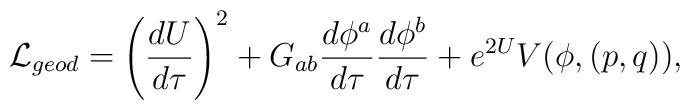
{\cal L}_{geod}=\left({{dU}\over{d\tau}}\right)^2+G_{ab}{{d\phi^a}\over{d\tau}}{{d\phi^b}\over{d\tau}}+e^{2U}V(\phi,(p,q)),